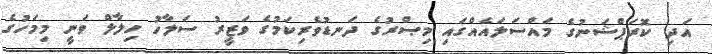
އަދި ކޮރަޕްޝަނުގެ މައްސަލައެއްގައި މިޞްރުގެ ދަނޑުވެރިކަމުގެ ވަޒީރު ސަލާހު ހިލާލް ވަނީ މިމަހުގެ